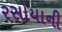
રસોયાની